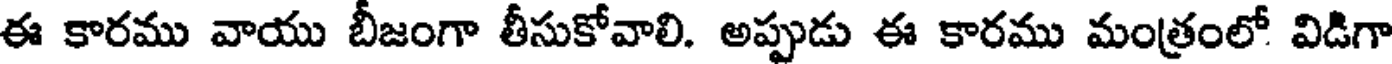
ఈ కారము వాయు బీజంగా తీసుకోవాలి. అప్పుడు ఈ కారము మంత్రంలో విడిగా